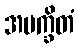
အမက္ခိတံ